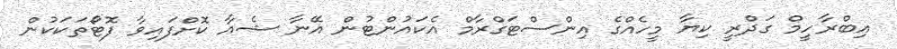
އިބްރާހީމް ގަދްރީ ކިޔާ މީހެއްގެ އިންސްޓަގްރާމް އެކައުންޓުން އޭނާ ޝެއާ ކޮށްފައިވާ ފޮޓޯތަކަކުން